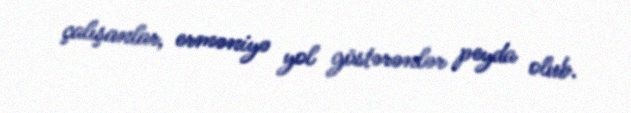
çalışanlar, erməniyə yol göstərənlər peyda olub.